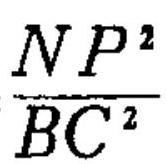
\frac{NP^{2}}{BC^{2}}